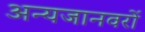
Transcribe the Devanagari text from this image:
अन्यजानवरों